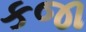
કજા